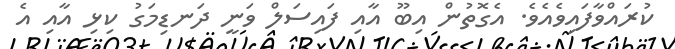
ކުރައްވާފައިވެއެވެ. އެގޮތުން އިބޫ އާއި ފައިސަލް ވަނީ ދަނޑިމަގު ކިޅި އާއި އެ